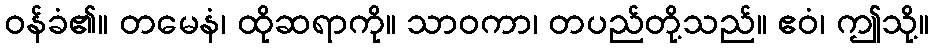
ဝန်ခံ၏။ တမေနံ၊ ထိုဆရာကို။ သာဝကာ၊ တပည်တို့သည်။ ဧဝံ၊ ဤသို့။